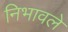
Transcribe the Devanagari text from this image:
निभावले